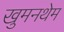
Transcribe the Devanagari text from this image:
खुमनथेम